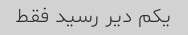
یکم دیر رسید فقط